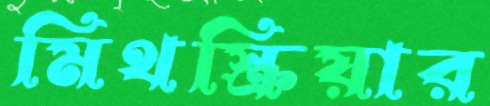
মিথস্ক্রিয়ার